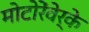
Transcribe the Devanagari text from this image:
मोटोरेंवेर्के